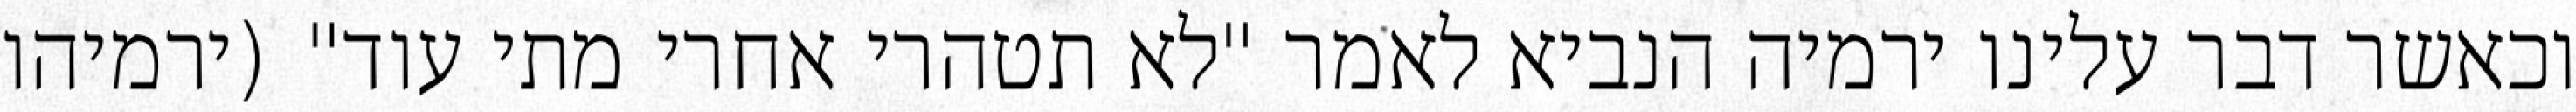
וכאשר דבר עלינו ירמיה הנביא לאמר "לא תטהרי אחרי מתי עוד" (ירמיהו